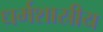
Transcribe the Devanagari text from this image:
धर्मशास्रीय